Vaccination in the Punjab 1905-1918 - 1905-1918
Year: 1905
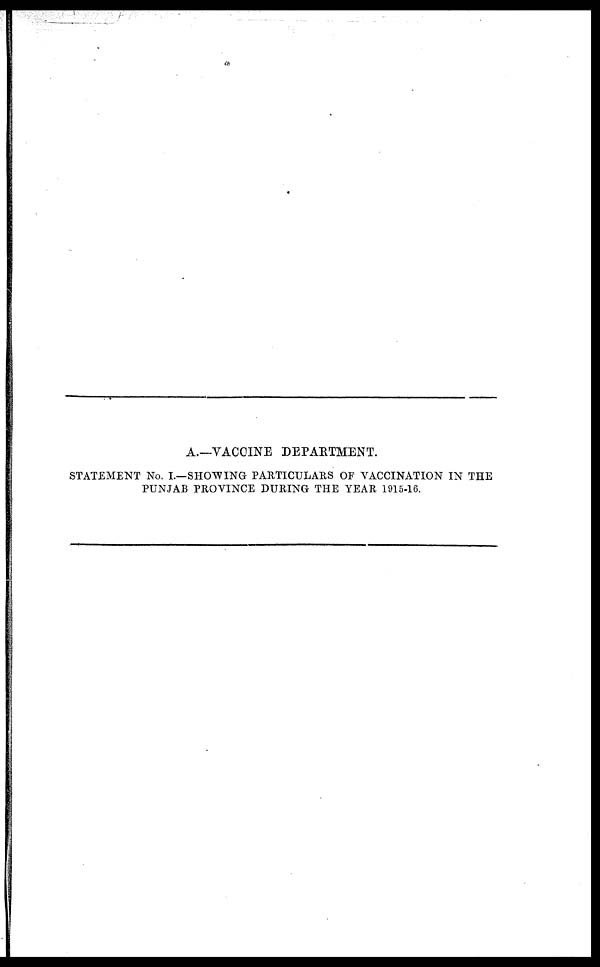
A.—VACCINE DEPARTMENT.
STATEMENT No. I—SHOWING PARTICULARS OF VACCINATION IN THE
PUNJAB PROVINCE DURING THE YEAR 1915-16.